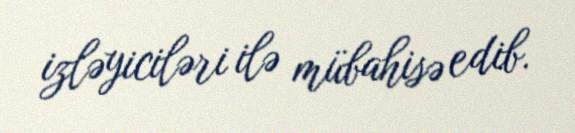
izləyiciləri ilə mübahisə edib.